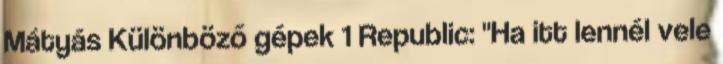
Mátyás Különböző gépek 1 Republic: "Ha itt lennél vele